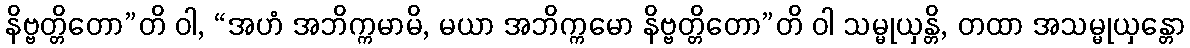
နိဗ္ဗတ္တိတော”တိ ဝါ, “အဟံ အဘိက္ကမာမိ, မယာ အဘိက္ကမော နိဗ္ဗတ္တိတော”တိ ဝါ သမ္မုယှန္တိ, တထာ အသမ္မုယှန္တော